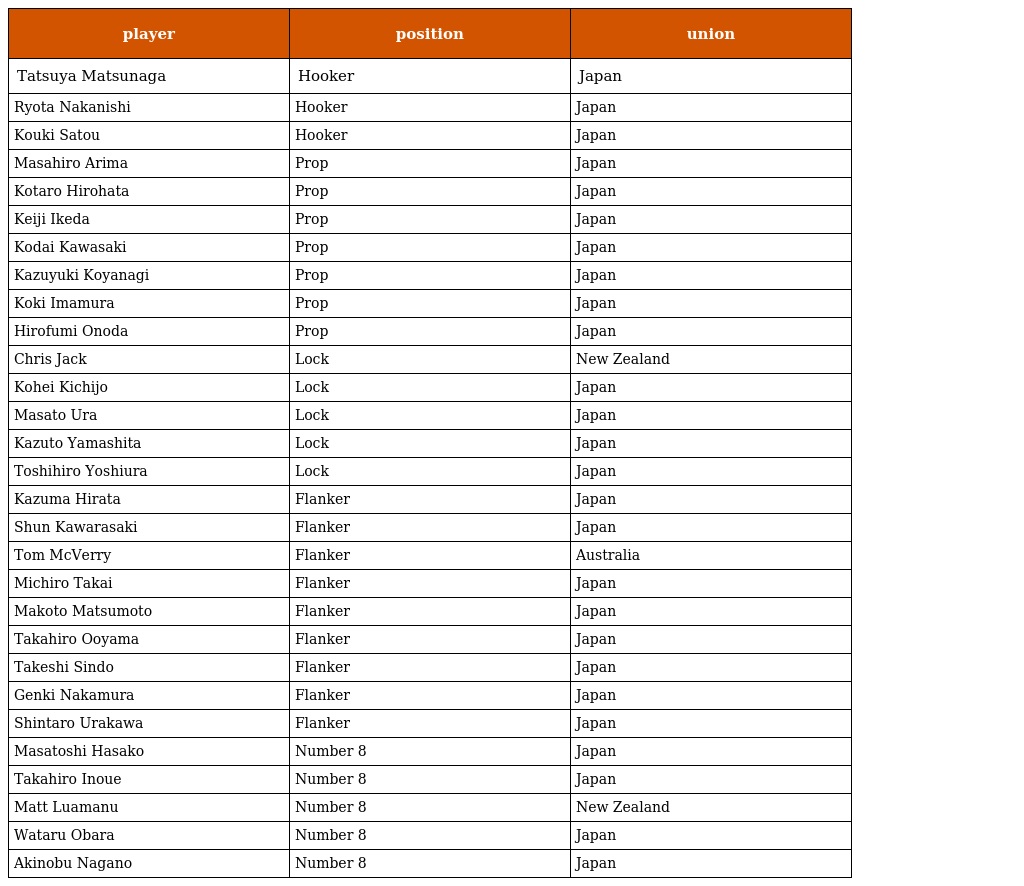
| player | position | union |
 | --- | --- | --- |
 | Tatsuya Matsunaga | Hooker | Japan |
 | Ryota Nakanishi | Hooker | Japan |
 | Kouki Satou | Hooker | Japan |
 | Masahiro Arima | Prop | Japan |
 | Kotaro Hirohata | Prop | Japan |
 | Keiji Ikeda | Prop | Japan |
 | Kodai Kawasaki | Prop | Japan |
 | Kazuyuki Koyanagi | Prop | Japan |
 | Koki Imamura | Prop | Japan |
 | Hirofumi Onoda | Prop | Japan |
 | Chris Jack | Lock | New Zealand |
 | Kohei Kichijo | Lock | Japan |
 | Masato Ura | Lock | Japan |
 | Kazuto Yamashita | Lock | Japan |
 | Toshihiro Yoshiura | Lock | Japan |
 | Kazuma Hirata | Flanker | Japan |
 | Shun Kawarasaki | Flanker | Japan |
 | Tom McVerry | Flanker | Australia |
 | Michiro Takai | Flanker | Japan |
 | Makoto Matsumoto | Flanker | Japan |
 | Takahiro Ooyama | Flanker | Japan |
 | Takeshi Sindo | Flanker | Japan |
 | Genki Nakamura | Flanker | Japan |
 | Shintaro Urakawa | Flanker | Japan |
 | Masatoshi Hasako | Number 8 | Japan |
 | Takahiro Inoue | Number 8 | Japan |
 | Matt Luamanu | Number 8 | New Zealand |
 | Wataru Obara | Number 8 | Japan |
 | Akinobu Nagano | Number 8 | Japan |